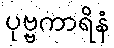
ပုဗ္ဗကာရိနံ